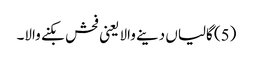
(5) گالیاں دینے والا یعنی فحش بکنے والا۔